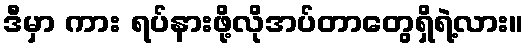
ဒီမှာ ကား ရပ်နားဖို့လိုအပ်တာတွေရှိရဲ့လား။